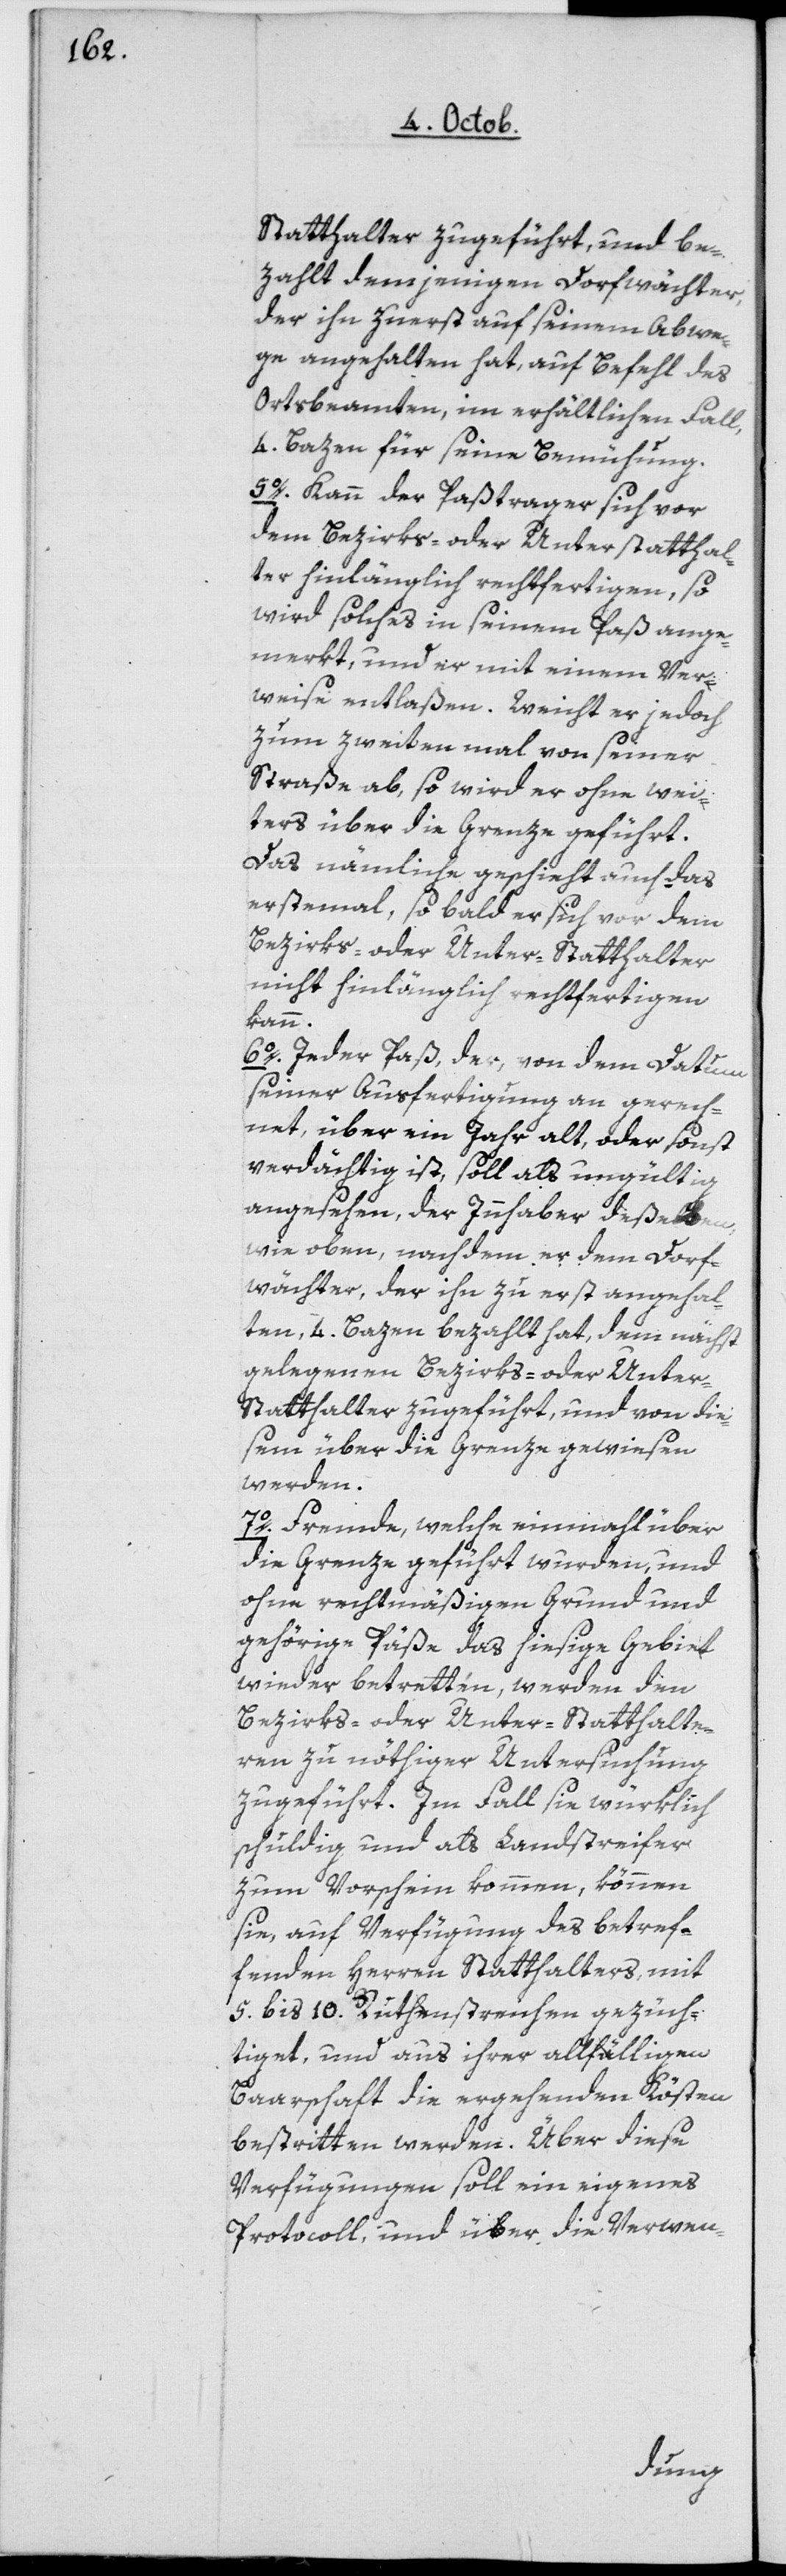
statthalter zugeführt, und be¬
zahlt demjenigen Dorfwächter,
der ihn zuerst auf seinem Abwe¬
ge angehalten hat, auf Befehl des
Ortsbeamten im erhältlichen Fall
4 Bazen für seine Bemühung.
5o Kann der Paßtrager sich vor
dem Bezirks- oder Unterstatthal¬
ter hinlänglich rechtfertigen, so
wird solches in seinem Paß ange¬
merkt, und er mit einem Ver¬
weise entlaßen. Weicht er jedoch
zum zweiten mal von seiner
Straße ab, so wird er ohne wei¬
teres über die Grenze geführt.
Das nämliche geschieht auch das
erstemal, so bald er sich vor dem
Bezirks- oder Unter-Statthalter
nicht hinlänglich rechtfertigen
kann.
6o Jeder Paß, der von dem Datum
seiner Ausfertigung an gerech¬
net, über ein Jahr alt oder sonst
verdächtig ist, soll als ungültig
angesehen, der Innhaber deßelben
wie oben, nachdem er dem Dorf¬
wächter, der ihn zuerst angehal¬
ten, 4 Bazen bezahlt hat, dem nächst¬
gelegenen Bezirks- oder Unter-S¬
tatthalter zugeführt und von die¬
sem über die Grenze gewiesen
werden.
7o Fremde, welche einmal über
die Grenze geführt wurden, und
ohne rechtmäßigen Grund und
gehörige Päße das hiesige Gebiet
wieder betretten, werden den
Bezirks- oder Unter-Statthalte¬
ren zu nöthiger Untersuchung
zugeführt. Im Fall sie würklich
schuldig und als Landstreifer
zum Vorschein kommen, können
sie, auf Verfügung des betref¬
fenden Herren Statthalters, mit
5 bis 10 Ruthenstreichen gezüch¬
tiget und aus ihrer allfälligen
Baarschaft die ergehenden Kösten
bestritten werden. Über diese
Verfügungen soll ein eigenes
Protocoll, und über die Verwen-